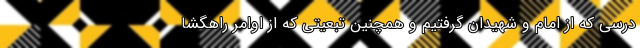
درسی که از امام و شهیدان گرفتیم و همچنین تبعیتی که از اوامر راهگشا